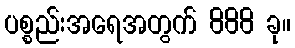
ပစ္စည်းအရေအတွက် 888 ခု။